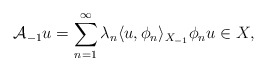
\begin{align*} \mathcal{A}_{-1} u = \sum_{n = 1}^{\infty} \lambda_{n} \langle u, \phi_{n}\rangle_{X_{-1}} \phi_{n} u \in X, \end{align*}